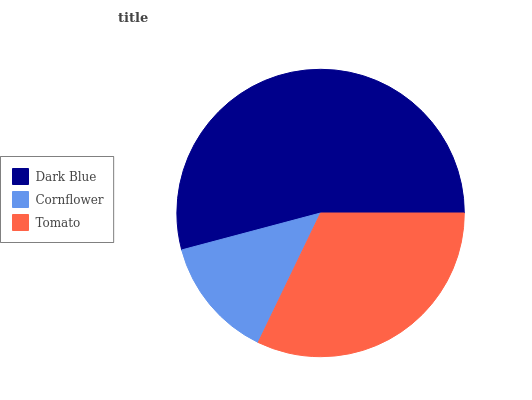
| Dark Blue | Cornflower | Tomato |
 | --- | --- | --- |
 | 54.1% | 13.7% | 32.2% |